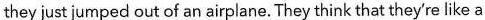
they just jumped out of an airplane. They think that they're like a